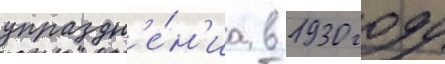
упраздн'е́н'иа в 1930 году